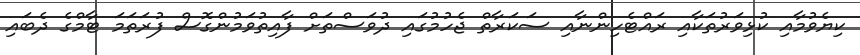
ކިޔެވުމާއި ކުޅިވަރުތަކާއި ރައްޓެހިންނާއި ސަކަރާތް ޖެހުމުގައި ދުވަސްތަށް ފާއިތުވަމުންގޮސް ފުރަތަމަ ޓާމްގެ ދެބައި